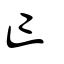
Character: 亾